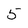
Character: 5